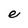
Character: e